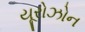
યૂરોઝોન